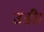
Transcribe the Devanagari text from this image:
उडी़ं।